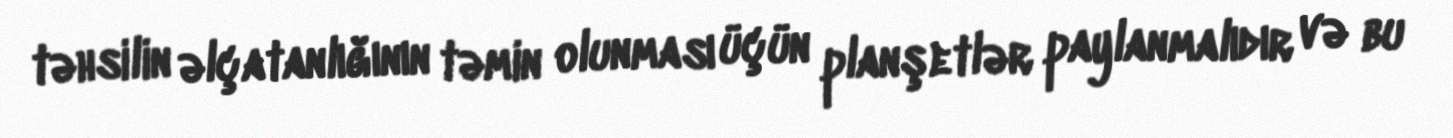
təhsilin əlçatanlığının təmin olunması üçün planşetlər paylanmalıdır və bu